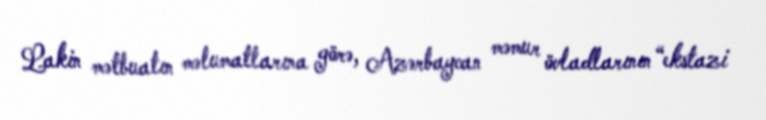
Lakin mətbuatın məlumatlarına görə, Azərbaycan məmur övladlarının “ekstazi